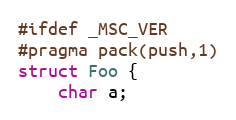
Language: C
#ifdef _MSC_VER
#pragma pack(push,1)
struct Foo {
    char a;